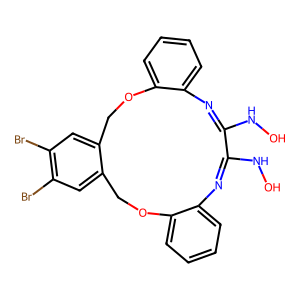
SMILES: ONC1=Nc2ccccc2OCc2cc(Br)c(Br)cc2COc2ccccc2N=C1NO
Inhibits HIV replication: No